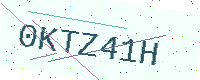
Text: 0KTZ41H